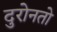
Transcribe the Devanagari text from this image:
दुरोनतो